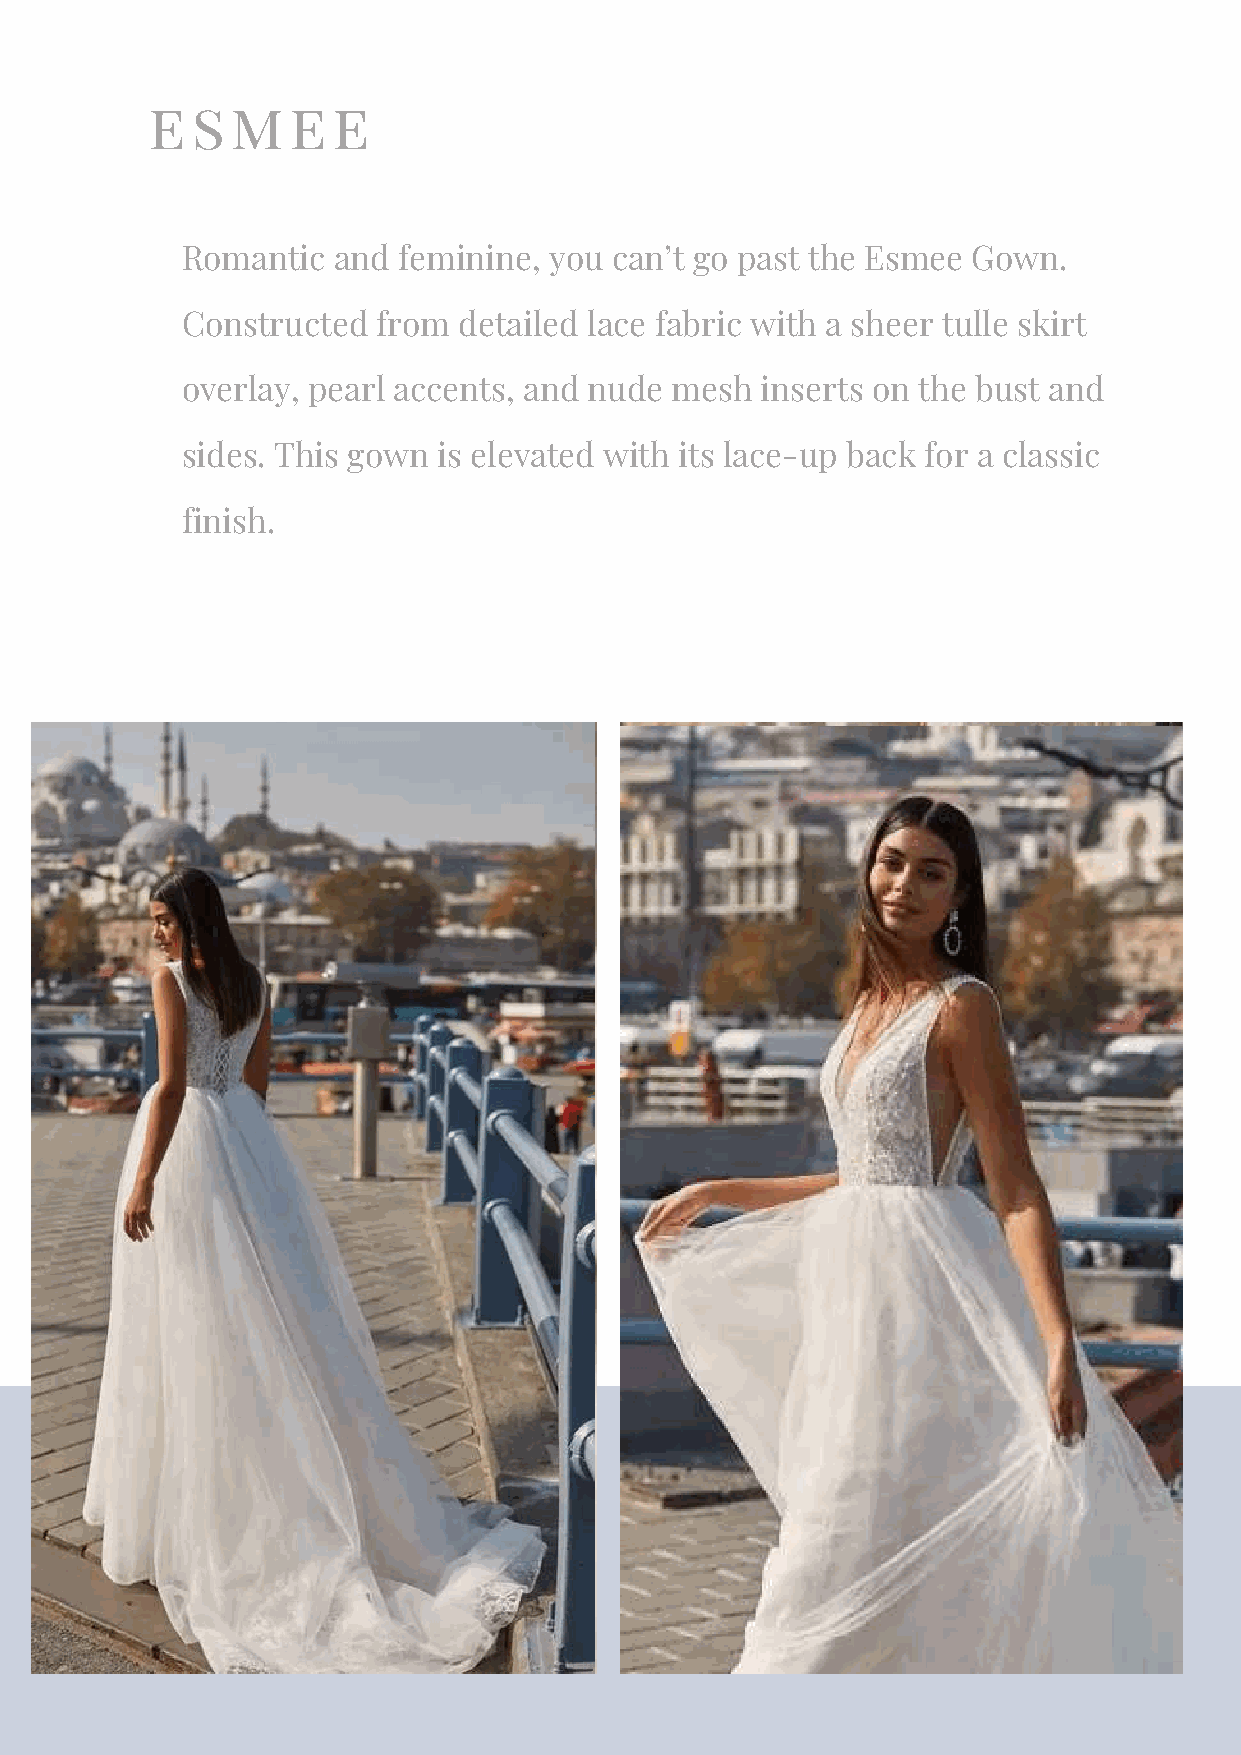
esmee
 Romantic  and feminine, you can’t go past the Esmee Gown.
 Constructed  from detailed lace fabric with a sheer tulle skirt
 overlay, pearl accents, and nude mesh inserts on the bust and
 sides. This gown is elevated with its lace-up back for a classic
 finish.